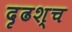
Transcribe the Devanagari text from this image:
दृढश्च